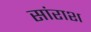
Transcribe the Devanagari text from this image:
सांराश